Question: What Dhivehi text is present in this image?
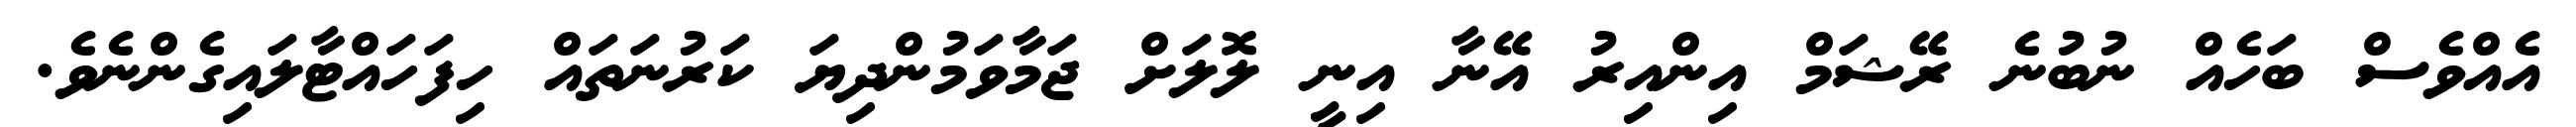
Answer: އެއްވެސް ބަހެއް ނުބުނެ ރޭޝަމް އިންއިރު އޭނާ އިނީ ލޮލަށް ޖަމާވަމުންދިޔަ ކަރުނަތައް ހިފަހައްޓާލައިގެންނެވެ.